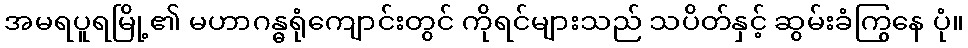
အမရပူရမြို့၏ မဟာဂန္ဓရုံကျောင်းတွင် ကိုရင်များသည် သပိတ်နှင့် ဆွမ်းခံကြွနေ ပုံ။